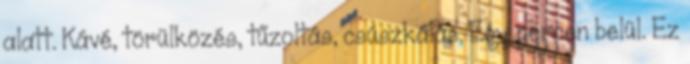
alatt. Kávé, törülközés, tűzoltás, csúszkálás. Egy percen belül. Ez